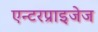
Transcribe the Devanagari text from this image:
एन्टरप्राइजेज